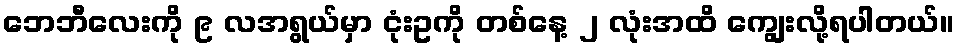
ဘေဘီလေးကို ၉ လအရွယ်မှာ ငုံးဥကို တစ်နေ့ ၂ လုံးအထိ ကျွေးလို့ရပါတယ်။